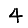
Digit: 4